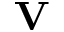
\mathbf V